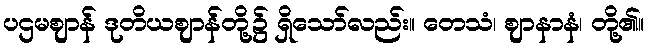
ပဌမဈာန် ဒုတိယဈာန်တို့၌ ရှိသော်လည်း။ တေသံ၊ ဈာနာနံ၊ တို့၏။